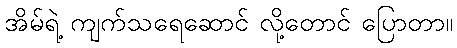
အိမ်ရဲ့ ကျက်သရေဆောင် လို့တောင် ပြောတာ။